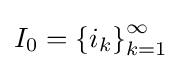
I_{0}=\left\{i_{k}\right\}_{k=1}^{\infty }